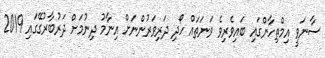
ސާނަވީ އިމްތިހާންގައި ބައިވެރިވެ ވަނަތައް ހޯދި ދަރިވަރުންނަށް އިނާމު ދިނުމަށް ދަރުބާރުގޭގައި 2019